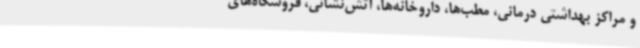
و مراکز بهداشتی درمانی، مطب‌ها، داروخانه‌ها، آتش‌نشانی، فروشگاه‌های